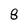
Character: 8